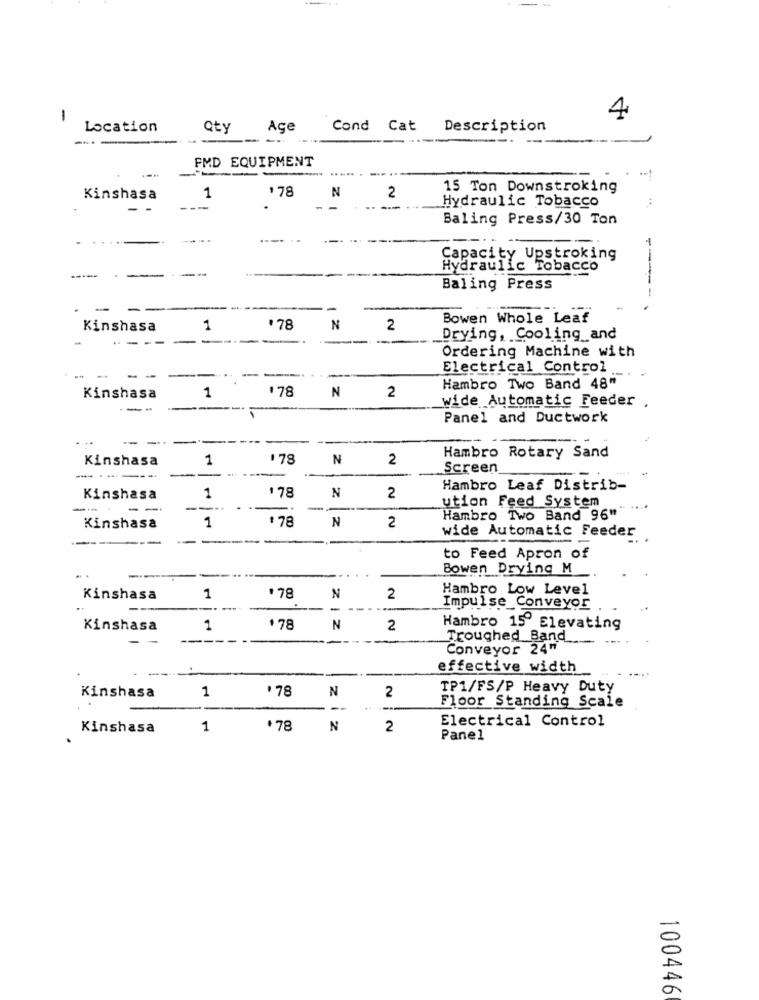
1
4
Location
Qty
Age
Cond Cat Description
--
FMD EQUIPMENT
.....
'78
15 Ton Downstroking
Kinshasa
1
N
2
Hydraulic Tobacco
---
Baling Press/30 Ton
Capacity Upstroking
Hydraulic Tobacco
-----
Baling Press
----
-
.
Bowen Whole Leaf
Kinshasa
1
·78
N
2
--
Drying, Cooling and
Ordering Machine with
Electrical Control
---
-
1
*78
2
Hambro Two Band 48"
Kinshasa
N
--
wide Automatic Feeder .
Panel and Ductwork
-
-----
Kinshasa
1
·78
N
2
Hambro Rotary Sand
---
Screen
$78
N
Hambro Leaf Distrib-
Kinshasa
1
2
ution Feed System
-----
---.
-
1
+ 78
N
2
Hambro Two Band 96"
Kinshasa
wide Automatic Feeder
-----
---
---
to Feed Apron of
Bowen Drying M
..
Hambro Low Level
Kinshasa
1
78
N
2
-
Impulse_Conveyor
Kinshasa
1
78
N
2
Hambro 15º Elevating
-
--
.-
Troughed Band
Conveyor 24"
effective width
----
178
N
TP1/FS/P Heavy Duty
Kinshasa
1
2
--
-
Floor Standing Scale
Electrical Control
Kinshasa
1
.78
N
2
Panel
100446